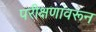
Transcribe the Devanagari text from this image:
परीक्षणांवरून